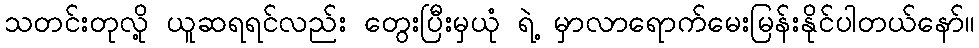
သတင်းတုလို့ ယူဆရရင်လည်း တွေးပြီးမှယုံ ရဲ့ မှာလာရောက်မေးမြန်းနိုင်ပါတယ်နော်။